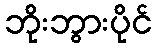
ဘိုးဘွားပိုင်